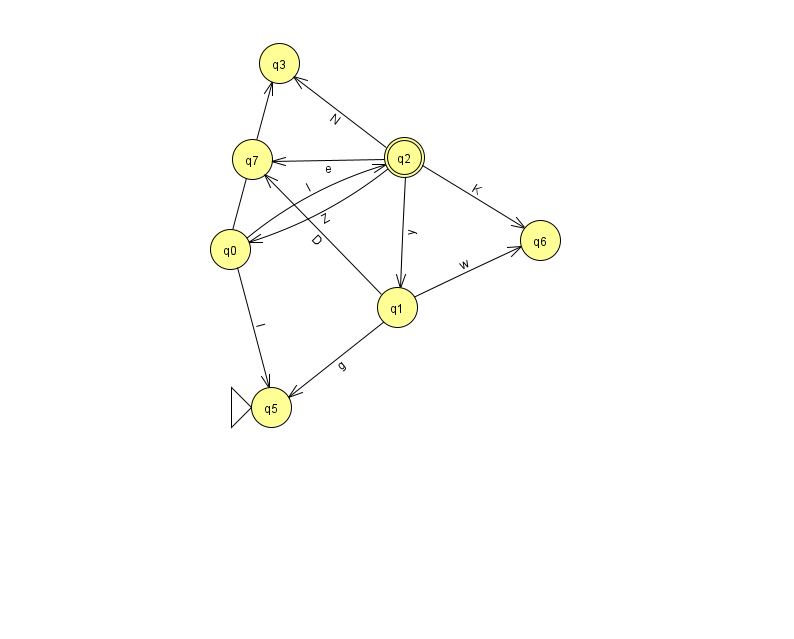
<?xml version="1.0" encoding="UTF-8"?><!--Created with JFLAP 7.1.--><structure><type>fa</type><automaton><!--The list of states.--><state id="0" name="q0"><x>230.0</x><y>236.0</y></state><state id="1" name="q1"><x>397.0</x><y>294.0</y></state><state id="2" name="q2"><x>404.0</x><y>144.0</y><final/></state><state id="3" name="q3"><x>279.0</x><y>50.0</y></state><state id="5" name="q5"><x>271.0</x><y>394.0</y><initial/></state><state id="6" name="q6"><x>540.0</x><y>227.0</y></state><state id="7" name="q7"><x>252.0</x><y>146.0</y></state><!--The list of transitions.--><transition><from>1</from><to>5</to><read>g</read></transition><transition><from>2</from><to>0</to><read>Z</read></transition><transition><from>0</from><to>2</to><read>I</read></transition><transition><from>0</from><to>5</to><read>I</read></transition><transition><from>1</from><to>6</to><read>w</read></transition><transition><from>1</from><to>7</to><read>D</read></transition><transition><from>0</from><to>3</to><read>B</read></transition><transition><from>2</from><to>3</to><read>N</read></transition><transition><from>2</from><to>1</to><read>y</read></transition><transition><from>2</from><to>6</to><read>K</read></transition><transition><from>2</from><to>7</to><read>e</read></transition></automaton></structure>